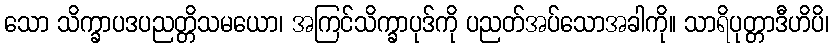
သော သိက္ခာပဒပညတ္တိသမယော၊ အကြင်သိက္ခာပုဒ်ကို ပညတ်အပ်သောအခါကို။ သာရိပုတ္တာဒီဟိပိ၊